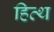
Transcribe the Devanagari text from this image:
हित्थ